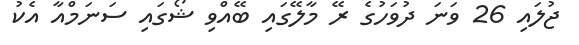
ޖުލައި 26 ވަނަ ދުވަހުގެ ރޭ މާލޭގައި ބޭއްވި ޝޯގައި ސަނަމްއާ އެކު